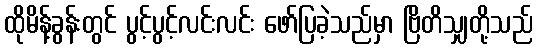
ထိုမိန့်ခွန်းတွင် ပွင့်ပွင့်လင်းလင်း ဖော်ပြခဲ့သည်မှာ ဗြိတိသျှတို့သည်